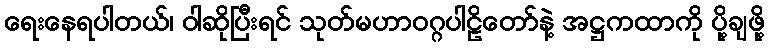
ရေးနေရပါတယ်၊ ဝါဆိုပြီးရင် သုတ်မဟာဝဂ္ဂပါဠိတော်နဲ့ အဋ္ဌကထာကို ပို့ချဖို့